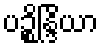
ပဉ္စိန္ဒြိယာ